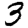
Digit: 3